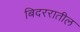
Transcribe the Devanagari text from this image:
बिदररातील